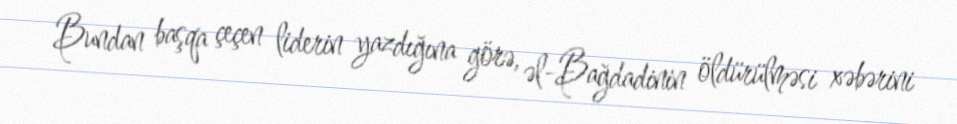
Bundan başqa çeçen liderin yazdığına görə, əl-Bağdadinin öldürülməsi xəbərini